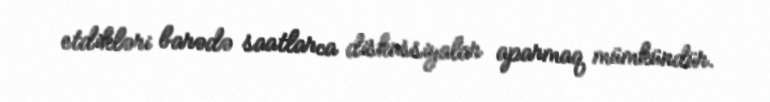
etdikləri barədə saatlarca diskussiyalar aparmaq mümkündür.